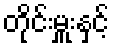
တိုင်းမှူးနှင့်